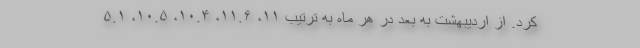
کرد. از اردیبهشت به بعد در هر ماه به ترتیب ۱۱، ۱۱.۶، ۱۰.۴، ۱۰.۵، ۵.۱